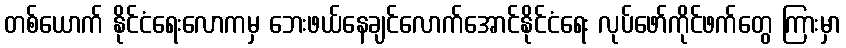
တစ်ယောက် နိုင်ငံရေးလောကမှ ဘေးဖယ်နေချင်လောက်အောင်နိုင်ငံရေး လုပ်ဖော်ကိုင်ဖက်တွေ ကြားမှာ